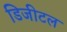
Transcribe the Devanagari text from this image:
डिजीटल